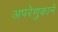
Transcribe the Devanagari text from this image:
अपरेणुकाने